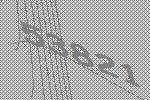
53821